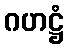
ဂဟဋ္ဌံ